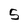
Character: 5